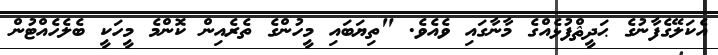
އެކަލޭގެފާނުގެ ޙަދީޘްފުޅެއްގެ މާނާގައި ވެއެވެ. "ތިޔަބައި މީހުންގެ ތެރެއިން ކޮންމެ މީހަކީ ބެލެހެއްޓުން